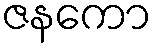
ဇနကော